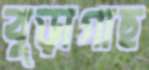
বুড়াগাছ